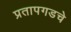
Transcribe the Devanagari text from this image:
प्रतापगडचे